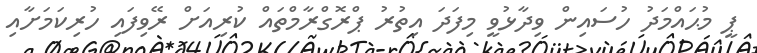
ޕީ މުޙައްމަދު ހުސައިން ވިދާޅުވީ މިފަދަ އިތުރު ޕްރޮގްރާމްތައް ކުރިއަށް ރޭވިފައި ހުރިކަމަށާއި